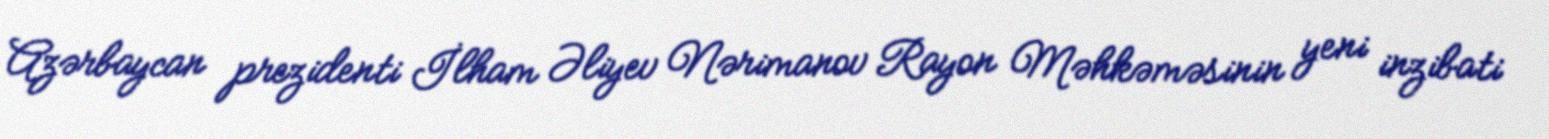
Azərbaycan prezidenti İlham Əliyev Nərimanov Rayon Məhkəməsinin yeni inzibati